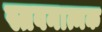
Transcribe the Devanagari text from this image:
स्तवनात्मक